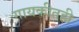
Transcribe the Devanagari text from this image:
गायकीतही